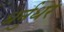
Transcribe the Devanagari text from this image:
धर्नुधर